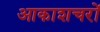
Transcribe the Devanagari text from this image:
आकाशचरों